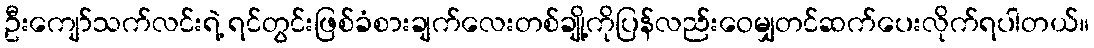
ဦးကျော်သက်လင်းရဲ့ ရင်တွင်းဖြစ်ခံစားချက်လေးတစ်ချို့ကိုပြန်လည်းဝေမျှတင်ဆက်ပေးလိုက်ရပါတယ်။